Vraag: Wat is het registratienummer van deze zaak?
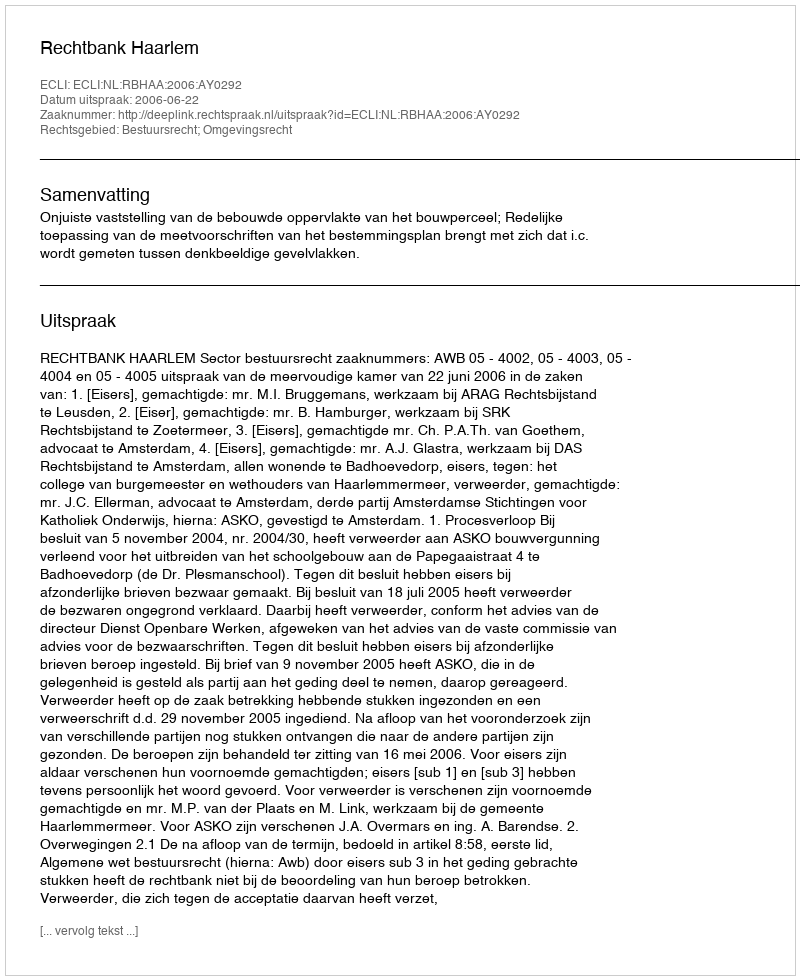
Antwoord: http://deeplink.rechtspraak.nl/uitspraak?id=ECLI:NL:RBHAA:2006:AY0292